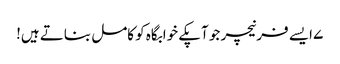
۷ ایسے فرنیچر جو آپکے خوابگاہ کو کامل بناتے ہیں!